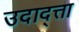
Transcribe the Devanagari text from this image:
उदाद्त्ता